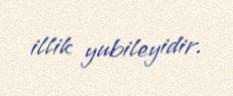
illik yubileyidir.